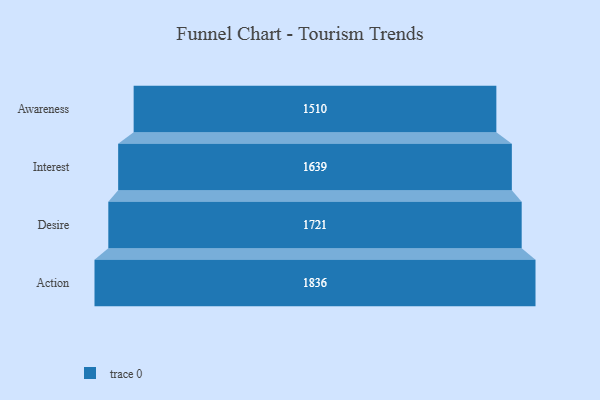
{"axis": {"x": "Stage", "y": "Value"}, "legend": [""], "data": [{"x": "Awareness", "y": 1510.0, "type": ""}, {"x": "Interest", "y": 1639.0, "type": ""}, {"x": "Desire", "y": 1721.0, "type": ""}, {"x": "Action", "y": 1836.0, "type": ""}]}